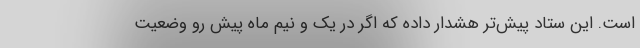
است. این ستاد پیش‌تر هشدار داده که اگر در یک و نیم ماه پیش ‌رو وضعیت